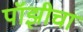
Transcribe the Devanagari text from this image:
पॉझीचा